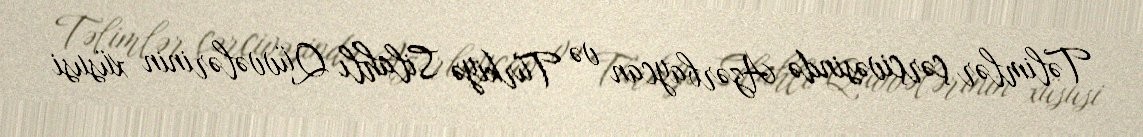
Təlimlər çərçivəsində Azərbaycan və Türkiyə Silahlı Qüvvələrinin xüsusi